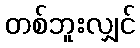
တစ်ဘူးလျှင်